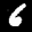
Label: 6